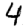
Digit: 4